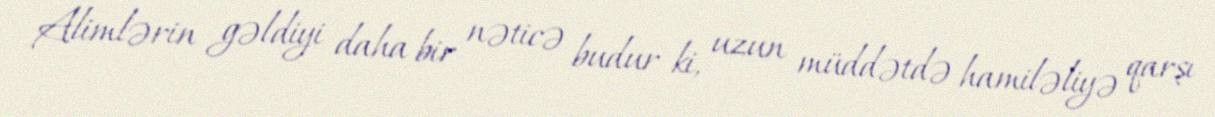
Alimlərin gəldiyi daha bir nəticə budur ki, uzun müddətdə hamiləliyə qarşı